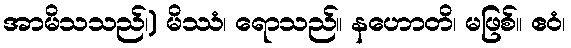
အာမိသသည်၊) မိဿံ၊ ရောသည်။ နဟောတိ၊ မဖြစ်။ ဧဝံ၊